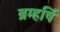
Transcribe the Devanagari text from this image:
ब्रम्हर्षि